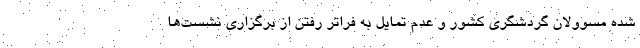
شده مسوولان گردشگری کشور و عدم تمایل به فراتر رفتن از برگزاری نشست‌ها